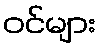
ဝင်များ